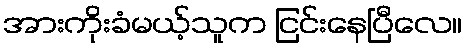
အားကိုးခံမယ့်သူက ငြင်းနေပြီလေ။